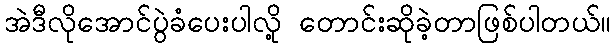
အဲဒီလိုအောင်ပွဲခံပေးပါလို့ တောင်းဆိုခဲ့တာဖြစ်ပါတယ်။